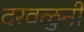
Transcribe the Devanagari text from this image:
दरवळुनी